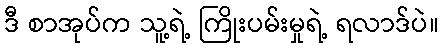
ဒီ စာအုပ်က သူ့ရဲ့ ကြိုးပမ်းမှုရဲ့ ရလာဒ်ပဲ။